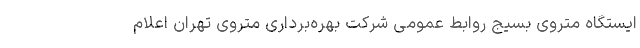
ایستگاه متروی بسیج روابط عمومی شرکت بهره‌برداری متروی تهران اعلام